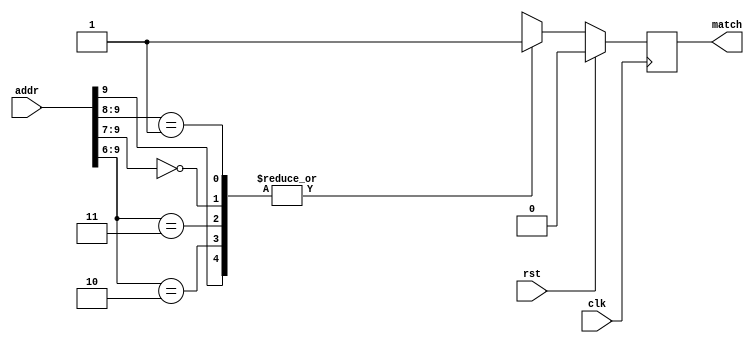
// This program was cloned from: https://github.com/ucsdsysnet/Rosebud
// License: MIT License

module table_00100011111011(input clk, input rst, input [9:0] addr, output reg match);
  always@(posedge clk) begin
    casex (addr)
      10'b0010??????: match <= 1'b1;
      10'b0011??????: match <= 1'b1;
      10'b000???????: match <= 1'b1;
      10'b01????????: match <= 1'b1;
      10'b1?????????: match <= 1'b1;
      default: match <= 1'b0;
    endcase

    if(rst)
      match <= 1'b0;
  end
endmodule

module table_11000111110000(input clk, input rst, input [9:0] addr, output reg match);
  always@(posedge clk) begin
    casex (addr)
      10'b0001110011: match <= 1'b1;
      default: match <= 1'b0;
    endcase

    if(rst)
      match <= 1'b0;
  end
endmodule

module table_01101000100110(input clk, input rst, input [9:0] addr, output reg match);
  always@(posedge clk) begin
    casex (addr)
      10'b1001110001: match <= 1'b1;
      10'b100111001?: match <= 1'b1;
      10'b100111100?: match <= 1'b1;
      10'b10011101??: match <= 1'b1;
      10'b100001????: match <= 1'b1;
      10'b100110????: match <= 1'b1;
      10'b111110????: match <= 1'b1;
      10'b10001?????: match <= 1'b1;
      10'b10010?????: match <= 1'b1;
      10'b11110?????: match <= 1'b1;
      10'b1110??????: match <= 1'b1;
      10'b101???????: match <= 1'b1;
      10'b110???????: match <= 1'b1;
      default: match <= 1'b0;
    endcase

    if(rst)
      match <= 1'b0;
  end
endmodule

module table_01101100001110(input clk, input rst, input [9:0] addr, output reg match);
  always@(posedge clk) begin
    casex (addr)
      10'b1101010???: match <= 1'b1;
      10'b1101011???: match <= 1'b1;
      default: match <= 1'b0;
    endcase

    if(rst)
      match <= 1'b0;
  end
endmodule

module table_00100011111010(input clk, input rst, input [9:0] addr, output reg match);
  always@(posedge clk) begin
    casex (addr)
      10'b1111011???: match <= 1'b1;
      10'b101010????: match <= 1'b1;
      10'b101011????: match <= 1'b1;
      10'b101100????: match <= 1'b1;
      10'b101101????: match <= 1'b1;
      10'b101110????: match <= 1'b1;
      10'b101111????: match <= 1'b1;
      10'b110000????: match <= 1'b1;
      10'b110001????: match <= 1'b1;
      10'b110010????: match <= 1'b1;
      10'b110011????: match <= 1'b1;
      10'b10100?????: match <= 1'b1;
      10'b1000??????: match <= 1'b1;
      10'b1001??????: match <= 1'b1;
      10'b1101??????: match <= 1'b1;
      10'b010???????: match <= 1'b1;
      10'b011???????: match <= 1'b1;
      10'b00????????: match <= 1'b1;
      default: match <= 1'b0;
    endcase

    if(rst)
      match <= 1'b0;
  end
endmodule

module table_00100010010010(input clk, input rst, input [9:0] addr, output reg match);
  always@(posedge clk) begin
    casex (addr)
      10'b00????????: match <= 1'b1;
      10'b01????????: match <= 1'b1;
      10'b1?????????: match <= 1'b1;
      default: match <= 1'b0;
    endcase

    if(rst)
      match <= 1'b0;
  end
endmodule

module table_10101101111111(input clk, input rst, input [9:0] addr, output reg match);
  always@(posedge clk) begin
    casex (addr)
      10'b1101110???: match <= 1'b1;
      10'b1101111???: match <= 1'b1;
      default: match <= 1'b0;
    endcase

    if(rst)
      match <= 1'b0;
  end
endmodule

module table_00100010010111(input clk, input rst, input [9:0] addr, output reg match);
  always@(posedge clk) begin
    casex (addr)
      10'b1100??????: match <= 1'b1;
      10'b1101??????: match <= 1'b1;
      10'b111???????: match <= 1'b1;
      10'b00????????: match <= 1'b1;
      10'b01????????: match <= 1'b1;
      10'b10????????: match <= 1'b1;
      default: match <= 1'b0;
    endcase

    if(rst)
      match <= 1'b0;
  end
endmodule

module table_00100010010110(input clk, input rst, input [9:0] addr, output reg match);
  always@(posedge clk) begin
    casex (addr)
      10'b010???????: match <= 1'b1;
      10'b011???????: match <= 1'b1;
      10'b00????????: match <= 1'b1;
      10'b1?????????: match <= 1'b1;
      default: match <= 1'b0;
    endcase

    if(rst)
      match <= 1'b0;
  end
endmodule

module table_11000000100111(input clk, input rst, input [9:0] addr, output reg match);
  always@(posedge clk) begin
    casex (addr)
      10'b10000111??: match <= 1'b1;
      default: match <= 1'b0;
    endcase

    if(rst)
      match <= 1'b0;
  end
endmodule

module table_00001000001000(input clk, input rst, input [9:0] addr, output reg match);
  always@(posedge clk) begin
    casex (addr)
      10'b1011010010: match <= 1'b1;
      10'b1011010011: match <= 1'b1;
      10'b101101000?: match <= 1'b1;
      10'b10110101??: match <= 1'b1;
      10'b10110110??: match <= 1'b1;
      10'b10110111??: match <= 1'b1;
      10'b1111000???: match <= 1'b1;
      default: match <= 1'b0;
    endcase

    if(rst)
      match <= 1'b0;
  end
endmodule

module table_00100010011000(input clk, input rst, input [9:0] addr, output reg match);
  always@(posedge clk) begin
    casex (addr)
      10'b1010000???: match <= 1'b1;
      10'b0001??????: match <= 1'b1;
      10'b1001??????: match <= 1'b1;
      10'b001???????: match <= 1'b1;
      10'b01????????: match <= 1'b1;
      default: match <= 1'b0;
    endcase

    if(rst)
      match <= 1'b0;
  end
endmodule

module table_00100010011001(input clk, input rst, input [9:0] addr, output reg match);
  always@(posedge clk) begin
    casex (addr)
      10'b01000101??: match <= 1'b1;
      10'b01000110??: match <= 1'b1;
      10'b0101??????: match <= 1'b1;
      10'b001???????: match <= 1'b1;
      10'b011???????: match <= 1'b1;
      10'b100???????: match <= 1'b1;
      10'b101???????: match <= 1'b1;
      default: match <= 1'b0;
    endcase

    if(rst)
      match <= 1'b0;
  end
endmodule

module table_00100011110010(input clk, input rst, input [9:0] addr, output reg match);
  always@(posedge clk) begin
    casex (addr)
      10'b0100101001: match <= 1'b1;
      10'b111101001?: match <= 1'b1;
      10'b11110101??: match <= 1'b1;
      10'b11110110??: match <= 1'b1;
      10'b1111101???: match <= 1'b1;
      10'b01000?????: match <= 1'b1;
      10'b0101??????: match <= 1'b1;
      10'b1110??????: match <= 1'b1;
      10'b000???????: match <= 1'b1;
      10'b001???????: match <= 1'b1;
      10'b011???????: match <= 1'b1;
      10'b110???????: match <= 1'b1;
      10'b10????????: match <= 1'b1;
      default: match <= 1'b0;
    endcase

    if(rst)
      match <= 1'b0;
  end
endmodule

module table_00100011110011(input clk, input rst, input [9:0] addr, output reg match);
  always@(posedge clk) begin
    casex (addr)
      10'b10001?????: match <= 1'b1;
      10'b1001??????: match <= 1'b1;
      10'b1010??????: match <= 1'b1;
      10'b1011??????: match <= 1'b1;
      10'b1100??????: match <= 1'b1;
      10'b1101??????: match <= 1'b1;
      10'b1110??????: match <= 1'b1;
      10'b1111??????: match <= 1'b1;
      10'b00????????: match <= 1'b1;
      10'b01????????: match <= 1'b1;
      default: match <= 1'b0;
    endcase

    if(rst)
      match <= 1'b0;
  end
endmodule

module table_00100011110111(input clk, input rst, input [9:0] addr, output reg match);
  always@(posedge clk) begin
    casex (addr)
      10'b0000011010: match <= 1'b1;
      10'b0000011011: match <= 1'b1;
      10'b0000011111: match <= 1'b1;
      10'b0000101000: match <= 1'b1;
      10'b0000101001: match <= 1'b1;
      10'b0000101010: match <= 1'b1;
      10'b0000101011: match <= 1'b1;
      10'b0000101100: match <= 1'b1;
      10'b0000101101: match <= 1'b1;
      10'b0000101110: match <= 1'b1;
      10'b0000101111: match <= 1'b1;
      10'b000001000?: match <= 1'b1;
      10'b000001001?: match <= 1'b1;
      10'b000001100?: match <= 1'b1;
      10'b00000101??: match <= 1'b1;
      10'b00001110??: match <= 1'b1;
      10'b00001111??: match <= 1'b1;
      10'b0000100???: match <= 1'b1;
      10'b0000110???: match <= 1'b1;
      10'b000000????: match <= 1'b1;
      10'b00010?????: match <= 1'b1;
      10'b00011?????: match <= 1'b1;
      10'b0100??????: match <= 1'b1;
      10'b0101??????: match <= 1'b1;
      10'b001???????: match <= 1'b1;
      10'b011???????: match <= 1'b1;
      10'b1?????????: match <= 1'b1;
      default: match <= 1'b0;
    endcase

    if(rst)
      match <= 1'b0;
  end
endmodule

module table_00100011110110(input clk, input rst, input [9:0] addr, output reg match);
  always@(posedge clk) begin
    casex (addr)
      10'b0100??????: match <= 1'b1;
      10'b0101??????: match <= 1'b1;
      10'b1110??????: match <= 1'b1;
      10'b000???????: match <= 1'b1;
      10'b001???????: match <= 1'b1;
      10'b011???????: match <= 1'b1;
      10'b110???????: match <= 1'b1;
      default: match <= 1'b0;
    endcase

    if(rst)
      match <= 1'b0;
  end
endmodule

module table_00100011111101(input clk, input rst, input [9:0] addr, output reg match);
  always@(posedge clk) begin
    casex (addr)
      10'b0000??????: match <= 1'b1;
      10'b0001??????: match <= 1'b1;
      10'b1110??????: match <= 1'b1;
      10'b1111??????: match <= 1'b1;
      10'b001???????: match <= 1'b1;
      10'b100???????: match <= 1'b1;
      10'b101???????: match <= 1'b1;
      10'b110???????: match <= 1'b1;
      10'b01????????: match <= 1'b1;
      default: match <= 1'b0;
    endcase

    if(rst)
      match <= 1'b0;
  end
endmodule

module table_00100011111100(input clk, input rst, input [9:0] addr, output reg match);
  always@(posedge clk) begin
    casex (addr)
      10'b1000011010: match <= 1'b1;
      10'b1000011011: match <= 1'b1;
      10'b1000011111: match <= 1'b1;
      10'b1000101000: match <= 1'b1;
      10'b1000101001: match <= 1'b1;
      10'b1000101010: match <= 1'b1;
      10'b1000101011: match <= 1'b1;
      10'b1000101100: match <= 1'b1;
      10'b1000101101: match <= 1'b1;
      10'b1000101110: match <= 1'b1;
      10'b1000101111: match <= 1'b1;
      10'b100001000?: match <= 1'b1;
      10'b100001001?: match <= 1'b1;
      10'b100001100?: match <= 1'b1;
      10'b10000101??: match <= 1'b1;
      10'b10001110??: match <= 1'b1;
      10'b10001111??: match <= 1'b1;
      10'b1000100???: match <= 1'b1;
      10'b1000110???: match <= 1'b1;
      10'b1100000???: match <= 1'b1;
      10'b1100001???: match <= 1'b1;
      10'b1100100???: match <= 1'b1;
      10'b1100101???: match <= 1'b1;
      10'b1100111???: match <= 1'b1;
      10'b100000????: match <= 1'b1;
      10'b10010?????: match <= 1'b1;
      10'b10011?????: match <= 1'b1;
      10'b0100??????: match <= 1'b1;
      10'b0101??????: match <= 1'b1;
      10'b1010??????: match <= 1'b1;
      10'b1011??????: match <= 1'b1;
      10'b1101??????: match <= 1'b1;
      10'b000???????: match <= 1'b1;
      10'b001???????: match <= 1'b1;
      10'b011???????: match <= 1'b1;
      10'b111???????: match <= 1'b1;
      default: match <= 1'b0;
    endcase

    if(rst)
      match <= 1'b0;
  end
endmodule

module table_00010111111110(input clk, input rst, input [9:0] addr, output reg match);
  always@(posedge clk) begin
    casex (addr)
      10'b111000????: match <= 1'b1;
      10'b111001????: match <= 1'b1;
      default: match <= 1'b0;
    endcase

    if(rst)
      match <= 1'b0;
  end
endmodule

module table_01101011101001(input clk, input rst, input [9:0] addr, output reg match);
  always@(posedge clk) begin
    casex (addr)
      10'b111010????: match <= 1'b1;
      10'b111011????: match <= 1'b1;
      default: match <= 1'b0;
    endcase

    if(rst)
      match <= 1'b0;
  end
endmodule

module table_00100010011101(input clk, input rst, input [9:0] addr, output reg match);
  always@(posedge clk) begin
    casex (addr)
      10'b0000000???: match <= 1'b1;
      10'b0001??????: match <= 1'b1;
      default: match <= 1'b0;
    endcase

    if(rst)
      match <= 1'b0;
  end
endmodule

module table_00100011111000(input clk, input rst, input [9:0] addr, output reg match);
  always@(posedge clk) begin
    casex (addr)
      10'b1110??????: match <= 1'b1;
      10'b1111??????: match <= 1'b1;
      10'b110???????: match <= 1'b1;
      10'b10????????: match <= 1'b1;
      10'b0?????????: match <= 1'b1;
      default: match <= 1'b0;
    endcase

    if(rst)
      match <= 1'b0;
  end
endmodule

module table_00100011111001(input clk, input rst, input [9:0] addr, output reg match);
  always@(posedge clk) begin
    casex (addr)
      10'b010001????: match <= 1'b1;
      10'b101111????: match <= 1'b1;
      10'b01001?????: match <= 1'b1;
      10'b10100?????: match <= 1'b1;
      10'b10101?????: match <= 1'b1;
      10'b0101??????: match <= 1'b1;
      10'b011???????: match <= 1'b1;
      10'b100???????: match <= 1'b1;
      10'b00????????: match <= 1'b1;
      10'b11????????: match <= 1'b1;
      default: match <= 1'b0;
    endcase

    if(rst)
      match <= 1'b0;
  end
endmodule

module table_00100011101111(input clk, input rst, input [9:0] addr, output reg match);
  always@(posedge clk) begin
    casex (addr)
      10'b100111????: match <= 1'b1;
      10'b101110????: match <= 1'b1;
      10'b00110?????: match <= 1'b1;
      10'b00111?????: match <= 1'b1;
      10'b01100?????: match <= 1'b1;
      10'b01101?????: match <= 1'b1;
      10'b10010?????: match <= 1'b1;
      10'b10110?????: match <= 1'b1;
      10'b0010??????: match <= 1'b1;
      10'b0100??????: match <= 1'b1;
      10'b0101??????: match <= 1'b1;
      10'b0111??????: match <= 1'b1;
      10'b1000??????: match <= 1'b1;
      10'b1010??????: match <= 1'b1;
      10'b000???????: match <= 1'b1;
      default: match <= 1'b0;
    endcase

    if(rst)
      match <= 1'b0;
  end
endmodule

module table_00100011101110(input clk, input rst, input [9:0] addr, output reg match);
  always@(posedge clk) begin
    casex (addr)
      10'b011010????: match <= 1'b1;
      10'b011011????: match <= 1'b1;
      10'b101000????: match <= 1'b1;
      10'b101001????: match <= 1'b1;
      10'b111001????: match <= 1'b1;
      10'b01100?????: match <= 1'b1;
      10'b10101?????: match <= 1'b1;
      10'b11101?????: match <= 1'b1;
      10'b11110?????: match <= 1'b1;
      10'b11111?????: match <= 1'b1;
      10'b0111??????: match <= 1'b1;
      10'b1011??????: match <= 1'b1;
      10'b010???????: match <= 1'b1;
      10'b100???????: match <= 1'b1;
      10'b110???????: match <= 1'b1;
      10'b00????????: match <= 1'b1;
      default: match <= 1'b0;
    endcase

    if(rst)
      match <= 1'b0;
  end
endmodule

module table_11000111110111(input clk, input rst, input [9:0] addr, output reg match);
  always@(posedge clk) begin
    casex (addr)
      10'b1111101100: match <= 1'b1;
      10'b11111010??: match <= 1'b1;
      default: match <= 1'b0;
    endcase

    if(rst)
      match <= 1'b0;
  end
endmodule

module table_01101011101100(input clk, input rst, input [9:0] addr, output reg match);
  always@(posedge clk) begin
    casex (addr)
      10'b101101????: match <= 1'b1;
      10'b101111????: match <= 1'b1;
      default: match <= 1'b0;
    endcase

    if(rst)
      match <= 1'b0;
  end
endmodule

module table_00010111111011(input clk, input rst, input [9:0] addr, output reg match);
  always@(posedge clk) begin
    casex (addr)
      10'b000011????: match <= 1'b1;
      default: match <= 1'b0;
    endcase

    if(rst)
      match <= 1'b0;
  end
endmodule

module table_00100010010000(input clk, input rst, input [9:0] addr, output reg match);
  always@(posedge clk) begin
    casex (addr)
      10'b00010000??: match <= 1'b1;
      10'b00010001??: match <= 1'b1;
      10'b00100000??: match <= 1'b1;
      10'b00100001??: match <= 1'b1;
      10'b0001001???: match <= 1'b1;
      10'b0010001???: match <= 1'b1;
      10'b000101????: match <= 1'b1;
      10'b001001????: match <= 1'b1;
      10'b00011?????: match <= 1'b1;
      10'b00101?????: match <= 1'b1;
      10'b0011??????: match <= 1'b1;
      10'b01????????: match <= 1'b1;
      10'b1?????????: match <= 1'b1;
      default: match <= 1'b0;
    endcase

    if(rst)
      match <= 1'b0;
  end
endmodule

module table_10100010110111(input clk, input rst, input [9:0] addr, output reg match);
  always@(posedge clk) begin
    casex (addr)
      10'b1010110???: match <= 1'b1;
      default: match <= 1'b0;
    endcase

    if(rst)
      match <= 1'b0;
  end
endmodule

module table_10100010110110(input clk, input rst, input [9:0] addr, output reg match);
  always@(posedge clk) begin
    casex (addr)
      10'b00100101??: match <= 1'b1;
      default: match <= 1'b0;
    endcase

    if(rst)
      match <= 1'b0;
  end
endmodule

module table_00100010010100(input clk, input rst, input [9:0] addr, output reg match);
  always@(posedge clk) begin
    casex (addr)
      10'b0?????????: match <= 1'b1;
      10'b1?????????: match <= 1'b1;
      default: match <= 1'b0;
    endcase

    if(rst)
      match <= 1'b0;
  end
endmodule

module table_00100010010101(input clk, input rst, input [9:0] addr, output reg match);
  always@(posedge clk) begin
    casex (addr)
      10'b1110??????: match <= 1'b1;
      10'b1111??????: match <= 1'b1;
      10'b010???????: match <= 1'b1;
      10'b011???????: match <= 1'b1;
      10'b110???????: match <= 1'b1;
      10'b00????????: match <= 1'b1;
      10'b10????????: match <= 1'b1;
      default: match <= 1'b0;
    endcase

    if(rst)
      match <= 1'b0;
  end
endmodule

module table_01101000110001(input clk, input rst, input [9:0] addr, output reg match);
  always@(posedge clk) begin
    casex (addr)
      10'b0001000001: match <= 1'b1;
      10'b000100001?: match <= 1'b1;
      10'b110100001?: match <= 1'b1;
      10'b111111001?: match <= 1'b1;
      10'b00010001??: match <= 1'b1;
      10'b11010001??: match <= 1'b1;
      10'b11111101??: match <= 1'b1;
      10'b1101001???: match <= 1'b1;
      10'b1111111???: match <= 1'b1;
      10'b100000????: match <= 1'b1;
      10'b100001????: match <= 1'b1;
      10'b100100????: match <= 1'b1;
      10'b100101????: match <= 1'b1;
      10'b100110????: match <= 1'b1;
      10'b100111????: match <= 1'b1;
      10'b110101????: match <= 1'b1;
      10'b110110????: match <= 1'b1;
      10'b110111????: match <= 1'b1;
      10'b111110????: match <= 1'b1;
      10'b00011?????: match <= 1'b1;
      10'b00110?????: match <= 1'b1;
      10'b00111?????: match <= 1'b1;
      10'b10001?????: match <= 1'b1;
      10'b11110?????: match <= 1'b1;
      10'b0000??????: match <= 1'b1;
      10'b0010??????: match <= 1'b1;
      10'b1100??????: match <= 1'b1;
      10'b1110??????: match <= 1'b1;
      10'b101???????: match <= 1'b1;
      10'b01????????: match <= 1'b1;
      default: match <= 1'b0;
    endcase

    if(rst)
      match <= 1'b0;
  end
endmodule

module table_00100010011110(input clk, input rst, input [9:0] addr, output reg match);
  always@(posedge clk) begin
    casex (addr)
      10'b00????????: match <= 1'b1;
      10'b01????????: match <= 1'b1;
      10'b1?????????: match <= 1'b1;
      default: match <= 1'b0;
    endcase

    if(rst)
      match <= 1'b0;
  end
endmodule

module table_00100010011111(input clk, input rst, input [9:0] addr, output reg match);
  always@(posedge clk) begin
    casex (addr)
      10'b000010100?: match <= 1'b1;
      10'b000010101?: match <= 1'b1;
      10'b000010110?: match <= 1'b1;
      10'b000010111?: match <= 1'b1;
      10'b000011000?: match <= 1'b1;
      10'b00000010??: match <= 1'b1;
      10'b00000011??: match <= 1'b1;
      10'b0000000???: match <= 1'b1;
      10'b0000010???: match <= 1'b1;
      10'b0000011???: match <= 1'b1;
      10'b0000100???: match <= 1'b1;
      10'b1001??????: match <= 1'b1;
      10'b1010??????: match <= 1'b1;
      10'b001???????: match <= 1'b1;
      10'b01????????: match <= 1'b1;
      default: match <= 1'b0;
    endcase

    if(rst)
      match <= 1'b0;
  end
endmodule

module table_10010010100101(input clk, input rst, input [9:0] addr, output reg match);
  always@(posedge clk) begin
    casex (addr)
      10'b000000001?: match <= 1'b1;
      10'b00000001??: match <= 1'b1;
      10'b0000001???: match <= 1'b1;
      10'b000001????: match <= 1'b1;
      10'b000110????: match <= 1'b1;
      10'b000111????: match <= 1'b1;
      10'b00001?????: match <= 1'b1;
      10'b00010?????: match <= 1'b1;
      default: match <= 1'b0;
    endcase

    if(rst)
      match <= 1'b0;
  end
endmodule

module table_00100010011010(input clk, input rst, input [9:0] addr, output reg match);
  always@(posedge clk) begin
    casex (addr)
      10'b000110100?: match <= 1'b1;
      10'b000110101?: match <= 1'b1;
      10'b000110110?: match <= 1'b1;
      10'b000110111?: match <= 1'b1;
      10'b000111000?: match <= 1'b1;
      10'b00010010??: match <= 1'b1;
      10'b00010011??: match <= 1'b1;
      10'b0001000???: match <= 1'b1;
      10'b0001010???: match <= 1'b1;
      10'b0001011???: match <= 1'b1;
      10'b0001100???: match <= 1'b1;
      10'b001???????: match <= 1'b1;
      10'b010???????: match <= 1'b1;
      10'b011???????: match <= 1'b1;
      10'b110???????: match <= 1'b1;
      10'b111???????: match <= 1'b1;
      10'b10????????: match <= 1'b1;
      default: match <= 1'b0;
    endcase

    if(rst)
      match <= 1'b0;
  end
endmodule

module table_00100011110001(input clk, input rst, input [9:0] addr, output reg match);
  always@(posedge clk) begin
    casex (addr)
      10'b111001????: match <= 1'b1;
      10'b01100?????: match <= 1'b1;
      10'b01101?????: match <= 1'b1;
      10'b11101?????: match <= 1'b1;
      10'b0111??????: match <= 1'b1;
      10'b1000??????: match <= 1'b1;
      10'b1001??????: match <= 1'b1;
      10'b1010??????: match <= 1'b1;
      10'b1011??????: match <= 1'b1;
      10'b1100??????: match <= 1'b1;
      10'b1101??????: match <= 1'b1;
      10'b010???????: match <= 1'b1;
      10'b00????????: match <= 1'b1;
      default: match <= 1'b0;
    endcase

    if(rst)
      match <= 1'b0;
  end
endmodule

module table_00100011110000(input clk, input rst, input [9:0] addr, output reg match);
  always@(posedge clk) begin
    casex (addr)
      10'b10010?????: match <= 1'b1;
      10'b10011?????: match <= 1'b1;
      10'b1000??????: match <= 1'b1;
      10'b101???????: match <= 1'b1;
      10'b11????????: match <= 1'b1;
      10'b0?????????: match <= 1'b1;
      default: match <= 1'b0;
    endcase

    if(rst)
      match <= 1'b0;
  end
endmodule

module table_00100011110100(input clk, input rst, input [9:0] addr, output reg match);
  always@(posedge clk) begin
    casex (addr)
      10'b10????????: match <= 1'b1;
      10'b11????????: match <= 1'b1;
      10'b0?????????: match <= 1'b1;
      default: match <= 1'b0;
    endcase

    if(rst)
      match <= 1'b0;
  end
endmodule

module table_00100011110101(input clk, input rst, input [9:0] addr, output reg match);
  always@(posedge clk) begin
    casex (addr)
      10'b0110??????: match <= 1'b1;
      10'b0111??????: match <= 1'b1;
      10'b1100??????: match <= 1'b1;
      10'b1101??????: match <= 1'b1;
      10'b1110??????: match <= 1'b1;
      10'b1111??????: match <= 1'b1;
      10'b000???????: match <= 1'b1;
      10'b001???????: match <= 1'b1;
      10'b010???????: match <= 1'b1;
      10'b100???????: match <= 1'b1;
      10'b101???????: match <= 1'b1;
      default: match <= 1'b0;
    endcase

    if(rst)
      match <= 1'b0;
  end
endmodule

module table_10000010110100(input clk, input rst, input [9:0] addr, output reg match);
  always@(posedge clk) begin
    casex (addr)
      10'b11000001??: match <= 1'b1;
      10'b1100001???: match <= 1'b1;
      10'b110001????: match <= 1'b1;
      10'b110010????: match <= 1'b1;
      10'b110011????: match <= 1'b1;
      10'b110110????: match <= 1'b1;
      10'b110111????: match <= 1'b1;
      10'b111110????: match <= 1'b1;
      10'b111111????: match <= 1'b1;
      10'b11010?????: match <= 1'b1;
      10'b11110?????: match <= 1'b1;
      10'b1110??????: match <= 1'b1;
      default: match <= 1'b0;
    endcase

    if(rst)
      match <= 1'b0;
  end
endmodule

module ip_match(input wire clk, input wire rst, input wire [31:0] addr,
                input wire valid, output reg match, output reg done);
  reg [31:0] addr_r;
  reg        valid_r;
  reg        match_n;

  wire out_00100011111011;
  table_00100011111011 m_00100011111011 (.clk(clk), .rst(rst), .addr(addr[17:8]), .match(out_00100011111011));
  wire out_11000111110000;
  table_11000111110000 m_11000111110000 (.clk(clk), .rst(rst), .addr(addr[17:8]), .match(out_11000111110000));
  wire out_01101000100110;
  table_01101000100110 m_01101000100110 (.clk(clk), .rst(rst), .addr(addr[17:8]), .match(out_01101000100110));
  wire out_01101100001110;
  table_01101100001110 m_01101100001110 (.clk(clk), .rst(rst), .addr(addr[17:8]), .match(out_01101100001110));
  wire out_00100011111010;
  table_00100011111010 m_00100011111010 (.clk(clk), .rst(rst), .addr(addr[17:8]), .match(out_00100011111010));
  wire out_00100010010010;
  table_00100010010010 m_00100010010010 (.clk(clk), .rst(rst), .addr(addr[17:8]), .match(out_00100010010010));
  wire out_10101101111111;
  table_10101101111111 m_10101101111111 (.clk(clk), .rst(rst), .addr(addr[17:8]), .match(out_10101101111111));
  wire out_00100010010111;
  table_00100010010111 m_00100010010111 (.clk(clk), .rst(rst), .addr(addr[17:8]), .match(out_00100010010111));
  wire out_00100010010110;
  table_00100010010110 m_00100010010110 (.clk(clk), .rst(rst), .addr(addr[17:8]), .match(out_00100010010110));
  wire out_11000000100111;
  table_11000000100111 m_11000000100111 (.clk(clk), .rst(rst), .addr(addr[17:8]), .match(out_11000000100111));
  wire out_00001000001000;
  table_00001000001000 m_00001000001000 (.clk(clk), .rst(rst), .addr(addr[17:8]), .match(out_00001000001000));
  wire out_00100010011000;
  table_00100010011000 m_00100010011000 (.clk(clk), .rst(rst), .addr(addr[17:8]), .match(out_00100010011000));
  wire out_00100010011001;
  table_00100010011001 m_00100010011001 (.clk(clk), .rst(rst), .addr(addr[17:8]), .match(out_00100010011001));
  wire out_00100011110010;
  table_00100011110010 m_00100011110010 (.clk(clk), .rst(rst), .addr(addr[17:8]), .match(out_00100011110010));
  wire out_00100011110011;
  table_00100011110011 m_00100011110011 (.clk(clk), .rst(rst), .addr(addr[17:8]), .match(out_00100011110011));
  wire out_00100011110111;
  table_00100011110111 m_00100011110111 (.clk(clk), .rst(rst), .addr(addr[17:8]), .match(out_00100011110111));
  wire out_00100011110110;
  table_00100011110110 m_00100011110110 (.clk(clk), .rst(rst), .addr(addr[17:8]), .match(out_00100011110110));
  wire out_00100011111101;
  table_00100011111101 m_00100011111101 (.clk(clk), .rst(rst), .addr(addr[17:8]), .match(out_00100011111101));
  wire out_00100011111100;
  table_00100011111100 m_00100011111100 (.clk(clk), .rst(rst), .addr(addr[17:8]), .match(out_00100011111100));
  wire out_00010111111110;
  table_00010111111110 m_00010111111110 (.clk(clk), .rst(rst), .addr(addr[17:8]), .match(out_00010111111110));
  wire out_01101011101001;
  table_01101011101001 m_01101011101001 (.clk(clk), .rst(rst), .addr(addr[17:8]), .match(out_01101011101001));
  wire out_00100010011101;
  table_00100010011101 m_00100010011101 (.clk(clk), .rst(rst), .addr(addr[17:8]), .match(out_00100010011101));
  wire out_00100011111000;
  table_00100011111000 m_00100011111000 (.clk(clk), .rst(rst), .addr(addr[17:8]), .match(out_00100011111000));
  wire out_00100011111001;
  table_00100011111001 m_00100011111001 (.clk(clk), .rst(rst), .addr(addr[17:8]), .match(out_00100011111001));
  wire out_00100011101111;
  table_00100011101111 m_00100011101111 (.clk(clk), .rst(rst), .addr(addr[17:8]), .match(out_00100011101111));
  wire out_00100011101110;
  table_00100011101110 m_00100011101110 (.clk(clk), .rst(rst), .addr(addr[17:8]), .match(out_00100011101110));
  wire out_11000111110111;
  table_11000111110111 m_11000111110111 (.clk(clk), .rst(rst), .addr(addr[17:8]), .match(out_11000111110111));
  wire out_01101011101100;
  table_01101011101100 m_01101011101100 (.clk(clk), .rst(rst), .addr(addr[17:8]), .match(out_01101011101100));
  wire out_00010111111011;
  table_00010111111011 m_00010111111011 (.clk(clk), .rst(rst), .addr(addr[17:8]), .match(out_00010111111011));
  wire out_00100010010000;
  table_00100010010000 m_00100010010000 (.clk(clk), .rst(rst), .addr(addr[17:8]), .match(out_00100010010000));
  wire out_10100010110111;
  table_10100010110111 m_10100010110111 (.clk(clk), .rst(rst), .addr(addr[17:8]), .match(out_10100010110111));
  wire out_10100010110110;
  table_10100010110110 m_10100010110110 (.clk(clk), .rst(rst), .addr(addr[17:8]), .match(out_10100010110110));
  wire out_00100010010100;
  table_00100010010100 m_00100010010100 (.clk(clk), .rst(rst), .addr(addr[17:8]), .match(out_00100010010100));
  wire out_00100010010101;
  table_00100010010101 m_00100010010101 (.clk(clk), .rst(rst), .addr(addr[17:8]), .match(out_00100010010101));
  wire out_01101000110001;
  table_01101000110001 m_01101000110001 (.clk(clk), .rst(rst), .addr(addr[17:8]), .match(out_01101000110001));
  wire out_00100010011110;
  table_00100010011110 m_00100010011110 (.clk(clk), .rst(rst), .addr(addr[17:8]), .match(out_00100010011110));
  wire out_00100010011111;
  table_00100010011111 m_00100010011111 (.clk(clk), .rst(rst), .addr(addr[17:8]), .match(out_00100010011111));
  wire out_10010010100101;
  table_10010010100101 m_10010010100101 (.clk(clk), .rst(rst), .addr(addr[17:8]), .match(out_10010010100101));
  wire out_00100010011010;
  table_00100010011010 m_00100010011010 (.clk(clk), .rst(rst), .addr(addr[17:8]), .match(out_00100010011010));
  wire out_00100011110001;
  table_00100011110001 m_00100011110001 (.clk(clk), .rst(rst), .addr(addr[17:8]), .match(out_00100011110001));
  wire out_00100011110000;
  table_00100011110000 m_00100011110000 (.clk(clk), .rst(rst), .addr(addr[17:8]), .match(out_00100011110000));
  wire out_00100011110100;
  table_00100011110100 m_00100011110100 (.clk(clk), .rst(rst), .addr(addr[17:8]), .match(out_00100011110100));
  wire out_00100011110101;
  table_00100011110101 m_00100011110101 (.clk(clk), .rst(rst), .addr(addr[17:8]), .match(out_00100011110101));
  wire out_10000010110100;
  table_10000010110100 m_10000010110100 (.clk(clk), .rst(rst), .addr(addr[17:8]), .match(out_10000010110100));

  always@(*)
    case (addr_r[31:18])
      14'b00100011111011: match_n = out_00100011111011;
      14'b11000111110000: match_n = out_11000111110000;
      14'b01101000100110: match_n = out_01101000100110;
      14'b01101100001110: match_n = out_01101100001110;
      14'b00100011111010: match_n = out_00100011111010;
      14'b00100010010010: match_n = out_00100010010010;
      14'b10101101111111: match_n = out_10101101111111;
      14'b00100010010111: match_n = out_00100010010111;
      14'b00100010010110: match_n = out_00100010010110;
      14'b11000000100111: match_n = out_11000000100111;
      14'b00001000001000: match_n = out_00001000001000;
      14'b00100010011000: match_n = out_00100010011000;
      14'b00100010011001: match_n = out_00100010011001;
      14'b00100011110010: match_n = out_00100011110010;
      14'b00100011110011: match_n = out_00100011110011;
      14'b00100011110111: match_n = out_00100011110111;
      14'b00100011110110: match_n = out_00100011110110;
      14'b00100011111101: match_n = out_00100011111101;
      14'b00100011111100: match_n = out_00100011111100;
      14'b00010111111110: match_n = out_00010111111110;
      14'b01101011101001: match_n = out_01101011101001;
      14'b00100010011101: match_n = out_00100010011101;
      14'b00100011111000: match_n = out_00100011111000;
      14'b00100011111001: match_n = out_00100011111001;
      14'b00100011101111: match_n = out_00100011101111;
      14'b00100011101110: match_n = out_00100011101110;
      14'b11000111110111: match_n = out_11000111110111;
      14'b01101011101100: match_n = out_01101011101100;
      14'b00010111111011: match_n = out_00010111111011;
      14'b00100010010000: match_n = out_00100010010000;
      14'b10100010110111: match_n = out_10100010110111;
      14'b10100010110110: match_n = out_10100010110110;
      14'b00100010010100: match_n = out_00100010010100;
      14'b00100010010101: match_n = out_00100010010101;
      14'b01101000110001: match_n = out_01101000110001;
      14'b00100010011110: match_n = out_00100010011110;
      14'b00100010011111: match_n = out_00100010011111;
      14'b10010010100101: match_n = out_10010010100101;
      14'b00100010011010: match_n = out_00100010011010;
      14'b00100011110001: match_n = out_00100011110001;
      14'b00100011110000: match_n = out_00100011110000;
      14'b00100011110100: match_n = out_00100011110100;
      14'b00100011110101: match_n = out_00100011110101;
      14'b10000010110100: match_n = out_10000010110100;
      14'b00100010010001: match_n = 1'b1;
      14'b00100010010011: match_n = 1'b1;
      default: match_n = 1'b0;
    endcase

  always@(posedge clk) begin
    addr_r  <= addr;
    valid_r <= valid;
    match   <= (match || match_n) && !valid;
    done    <= (done  || valid_r) && !valid;

    if(rst) begin
      match   <= 1'b0;
      done    <= 1'b0;
      valid_r <= 1'b0;
    end
  end
endmodule